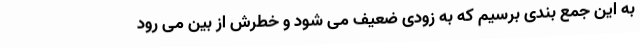
به این جمع بندی برسیم که به زودی ضعیف می شود و خطرش از بین می رود